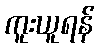
ကူးယူရန်